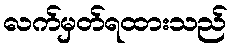
လက်မှတ်ရထားသည်